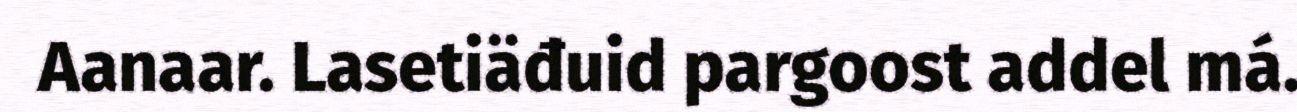
Aanaar. Lasetiäđuid pargoost addel má.